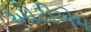
ઓટીએમ